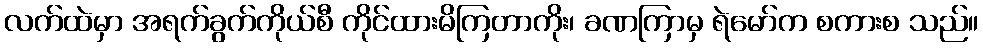
လက်ထဲမှာ အရက်ခွက်ကိုယ်စီ ကိုင်ထားမိကြတာကိုး၊ ခဏကြာမှ ရဲမော်က စကားစ သည်။